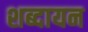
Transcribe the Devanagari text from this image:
शब्दायन